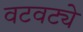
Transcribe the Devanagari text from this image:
वटवट्ये